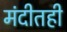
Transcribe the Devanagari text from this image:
मंदीतही